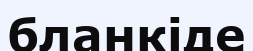
бланкіде